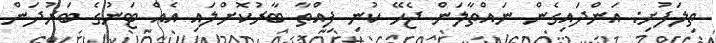
ތިލަފުށި: އަންދައިގެން ނައްތާލަން ޖެހޭ ކުނި ފިއްތާ ބާރުކޮށްލައި އެއް ޓަނުގެ ބަރުދަން